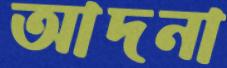
আদনা